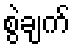
စွဲချက်